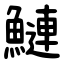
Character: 鰱